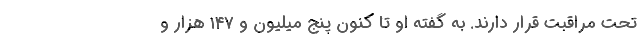
تحت مراقبت قرار دارند. به گفته او تا کنون پنج میلیون و ۱۴۷ هزار و